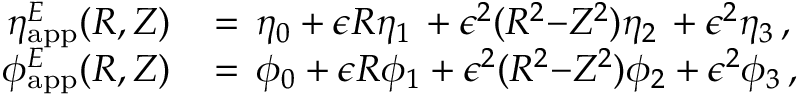
\begin{array} { r l } { \eta _ { \mathrm { a p p } } ^ { E } ( R , Z ) \, } & { = \, \eta _ { 0 } + \epsilon R \eta _ { 1 } \, + \epsilon ^ { 2 } ( R ^ { 2 } { - } Z ^ { 2 } ) \eta _ { 2 } \, + \epsilon ^ { 2 } \eta _ { 3 } \, , } \\ { \phi _ { \mathrm { a p p } } ^ { E } ( R , Z ) \, } & { = \, \phi _ { 0 } + \epsilon R \phi _ { 1 } + \epsilon ^ { 2 } ( R ^ { 2 } { - } Z ^ { 2 } ) \phi _ { 2 } + \epsilon ^ { 2 } \phi _ { 3 } \, , } \end{array}